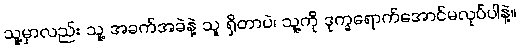
သူ့မှာလည်း သူ့ အခက်အခဲနဲ့ သူ ရှိတာပဲ၊ သူ့ကို ဒုက္ခရောက်အောင်မလုပ်ပါနဲ့။